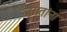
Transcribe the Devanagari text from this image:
जगतांना